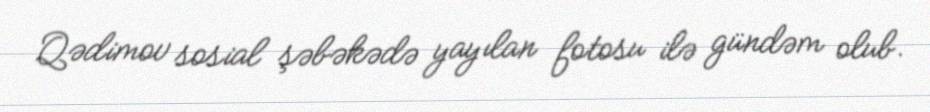
Qədimov sosial şəbəkədə yayılan fotosu ilə gündəm olub.